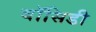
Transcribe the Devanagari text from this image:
बॉसिडी